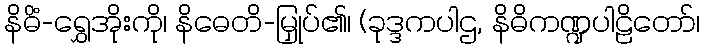
နိဓိံ-ရွှေအိုးကို၊ နိဓေတိ-မြှုပ်၏၊ (ခုဒ္ဒကပါဌ, နိဓိကဏ္ဍပါဠိတော်၊